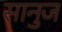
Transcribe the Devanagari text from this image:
सानुज